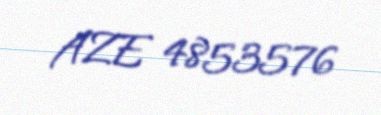
AZE 4853576